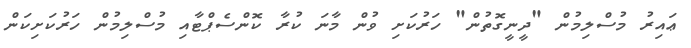
ޢައިރު މުސްލިމުން "ދީނީގޮތުން" ހަރުކަށި ވުން މާނަ ކުރާ ކޮންސެޕްޓާއި މުސްލިމުން ހަރުކަށިކަން